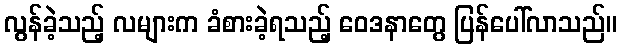
လွန်ခဲ့သည့် လများက ခံစားခဲ့ရသည့် ဝေဒနာတွေ ပြန်ပေါ်လာသည်။